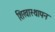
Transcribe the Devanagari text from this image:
शिखास्थापन